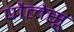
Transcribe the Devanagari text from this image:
पौलेसू